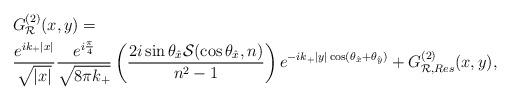
LaTeX: \begin{align*}& G^{(2)}_{\mathcal R}(x,y) =\\& \frac{e^{ik_{+}\vert x \vert}}{\sqrt{\vert x \vert}}\frac{e^{i\frac{\pi}4}}{\sqrt{8\pi k_{+}}}\left(\frac{2i\sin\theta_{\hat x}\mathcal S(\cos\theta_{\hat x},n)}{n^2-1}\right)e^{-ik_{+}\vert y \vert\cos(\theta_{\hat x}+\theta_{\hat y})} + G^{(2)}_{\mathcal R,Res}(x,y),\end{align*}